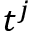
t ^ { j }